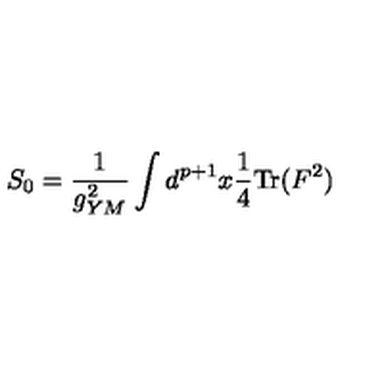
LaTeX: S _ { 0 } = { \frac { 1 } { g _ { Y M } ^ { 2 } } } \int d ^ { p + 1 } x { \frac { 1 } { 4 } } \mathrm { T r } ( F ^ { 2 } )